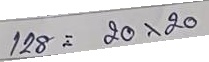
128 = 20 x 20